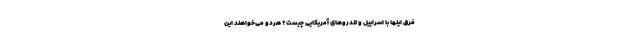
‌فرق اینها با اسراییل و تندروهای آمریکایی چیست؟ هردو می‌خواهند این